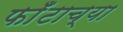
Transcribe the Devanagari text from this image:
फाँटाच्या